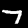
Label: 7